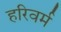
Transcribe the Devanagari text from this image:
हरिवर्म